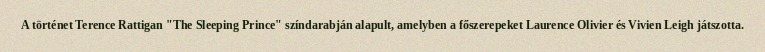
A történet Terence Rattigan "The Sleeping Prince" színdarabján alapult, amelyben a főszerepeket Laurence Olivier és Vivien Leigh játszotta.